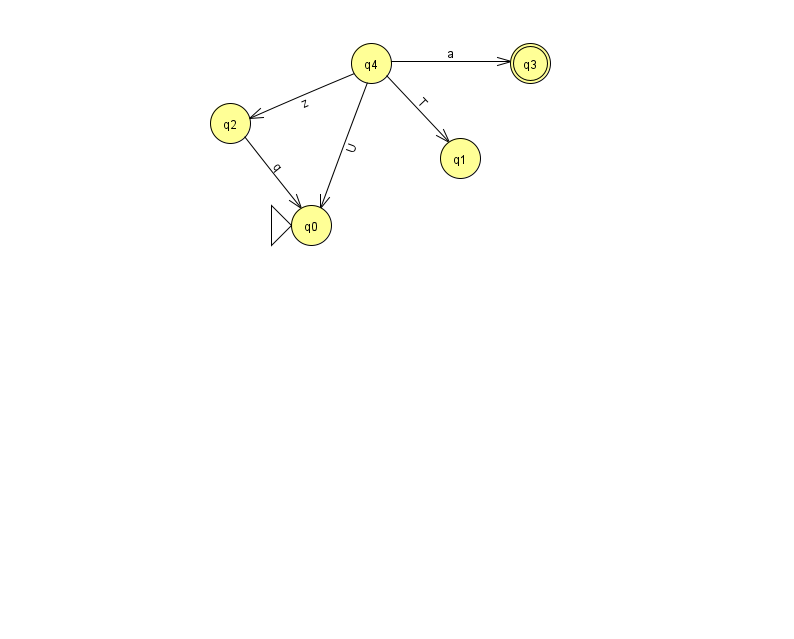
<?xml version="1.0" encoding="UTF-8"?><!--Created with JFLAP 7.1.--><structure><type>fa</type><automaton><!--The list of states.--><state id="0" name="q0"><x>311.0</x><y>212.0</y><initial/></state><state id="1" name="q1"><x>460.0</x><y>145.0</y></state><state id="2" name="q2"><x>230.0</x><y>110.0</y></state><state id="3" name="q3"><x>530.0</x><y>50.0</y><final/></state><state id="4" name="q4"><x>371.0</x><y>50.0</y></state><!--The list of transitions.--><transition><from>4</from><to>3</to><read>a</read></transition><transition><from>4</from><to>1</to><read>T</read></transition><transition><from>4</from><to>2</to><read>z</read></transition><transition><from>4</from><to>0</to><read>U</read></transition><transition><from>2</from><to>0</to><read>q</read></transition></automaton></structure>